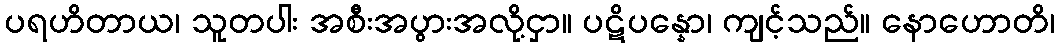
ပရဟိတာယ၊ သူတပါး အစီးအပွားအလို့ငှာ။ ပဋိပန္နော၊ ကျင့်သည်။ နောဟောတိ၊